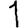
Digit: 1